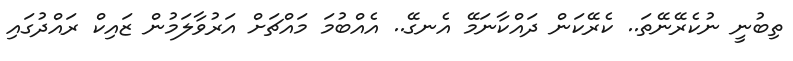
ތިބުނީ ނުކެރޭނޭތަ.. ކެރޭކަން ދައްކާނަމޭ އެނގޭ.. އެއްބުމަ މައްޗަށް އަރުވާލަމުން ޒައިކް ރައްދުގައި